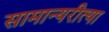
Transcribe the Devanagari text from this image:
सामान्यरीत्या